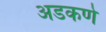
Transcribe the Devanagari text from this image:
अडकणे